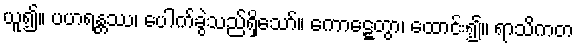
ယူ၍။ ပဟရန္တဿ၊ ပေါက်ခွဲသည်ရှိသော်။ ကောဋ္ဋေတွာ၊ ထောင်း၍။ ရာသိကတ